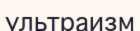
ультраизм